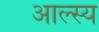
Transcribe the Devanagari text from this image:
आल्स्य